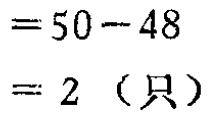
\[

\begin{align*}

&=50 - 48\\

&= 2 \text{（只）}

\end{align*}

\]